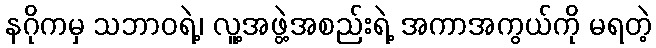
နဂိုကမှ သဘာဝရဲ့၊ လူ့အဖွဲ့အစည်းရဲ့ အကာအကွယ်ကို မရတဲ့